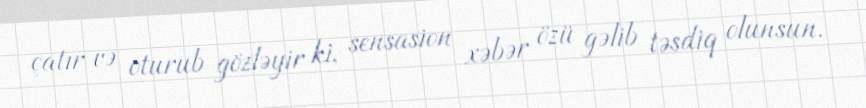
çatır və oturub gözləyir ki, sensasion xəbər özü gəlib təsdiq olunsun.